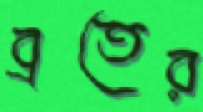
ব্রতের